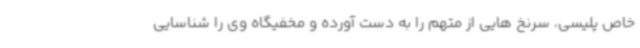
خاص پلیسی، سرنخ هایی از متهم را به دست آورده و مخفیگاه وی را شناسایی